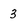
Character: 3